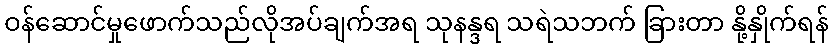
ဝန်ဆောင်မှုဖောက်သည်လိုအပ်ချက်အရ သုနန္ဒရ သရဲသဘက် ခြားတာ နို့နှိုက်ရန်